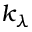
k _ { \lambda }